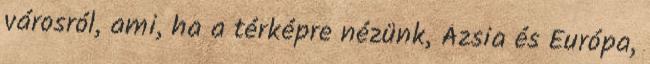
városról, ami, ha a térképre nézünk, Ázsia és Európa,